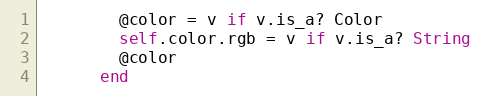
Language: Ruby
        @color = v if v.is_a? Color
        self.color.rgb = v if v.is_a? String
        @color
      end